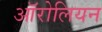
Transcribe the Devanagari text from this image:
ऑरोलियन